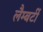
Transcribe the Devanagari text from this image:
लैम्बर्टी